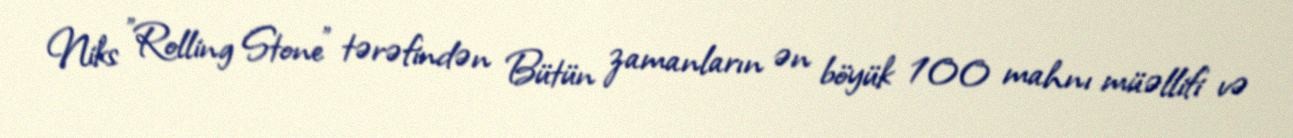
Niks "Rolling Stone" tərəfindən Bütün zamanların ən böyük 100 mahnı müəllifi və